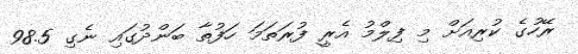
ރޭހުގެ ކުރިއަށް މި ފިލްމު އެރީ ފުރަތަމަ ހަފުތާ ބަންދުގައި ނެގި 98.5